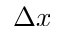
\Delta { x }